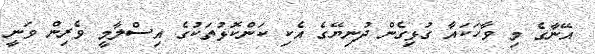
އޭނާގެ މި ވާހަކައާ ގުޅިގެން ދުނިޔޭގެ އެކި ކަަންކޮޅުތަކުގެ އިސްލާމީ ވެރިން ވަނީ